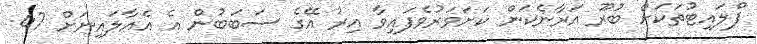
ފްލައިޓުތަކަށް ބުރޫ އަރާނެކަން ކަށަވަރުވެފައިވާ އިރު އޭގެ ސަބަބުން އެ އެއާލައިނަށް 47